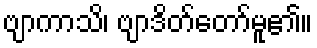
ဗျာကာသိ၊ ဗျာဒိတ်တော်မူ၏။